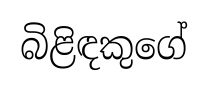
බිළිඳකුගේ